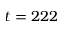
t = 2 2 2